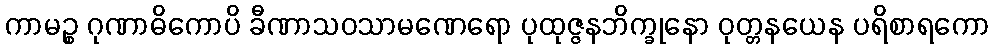
ကာမဉ္စ ဂုဏာဓိကောပိ ခီဏာသဝသာမဏေရော ပုထုဇ္ဇနဘိက္ခုနော ဝုတ္တနယေန ပရိစာရကော